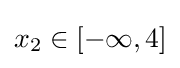
x_{2}\in [-\infty ,4]